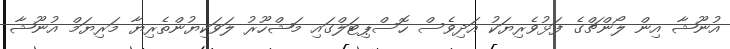
އުނޫޝާ އިން ލޯންޗްގެ ފަޅުވެރިޔަކު އަދިވެސް ހޮސްޕިޓަލްގައި މަޝްހޫރު ލަވަކިޔުންތެރިޔާ މަރިޔަމް އުނޫޝާ